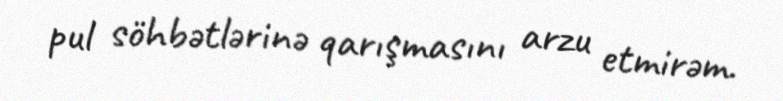
pul söhbətlərinə qarışmasını arzu etmirəm.